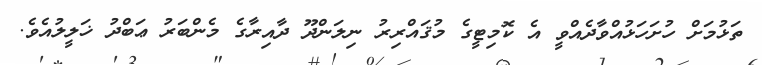
ތަޅުމަށް ހުށަހަޅުއްވާދެއްވީ އެ ކޮމިޓީގެ މުޤައްރިރު ނިލަންދޫ ދާއިރާގެ މެންބަރު ޢަބްދު ޚަލީލުއެވެ.